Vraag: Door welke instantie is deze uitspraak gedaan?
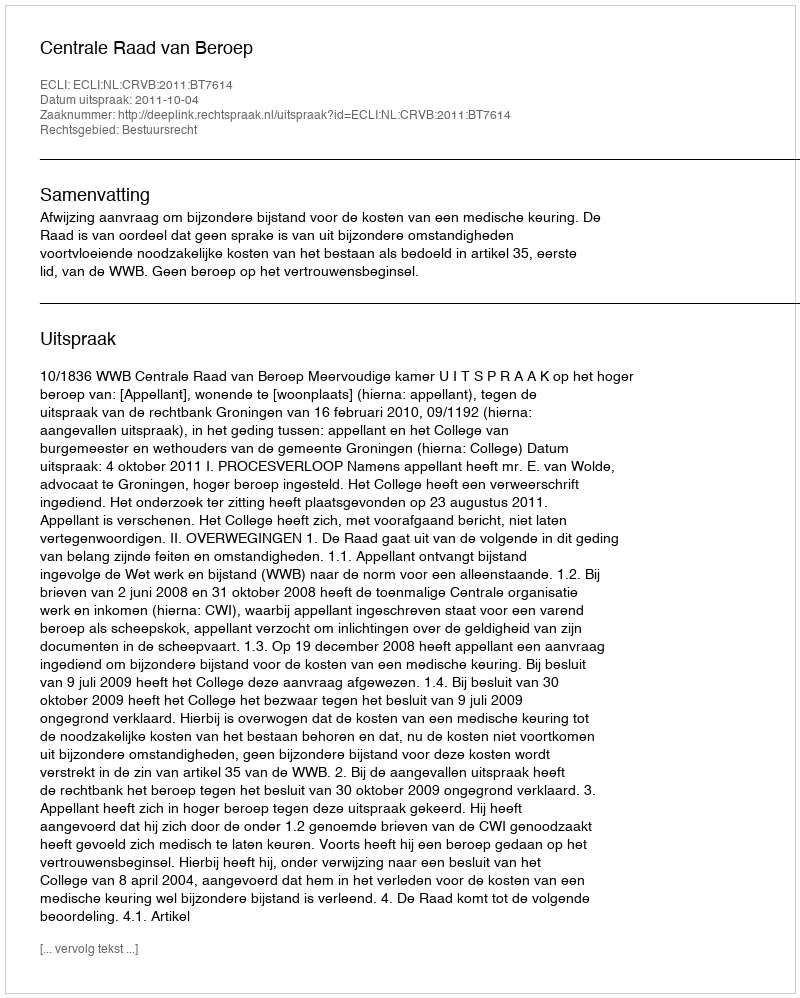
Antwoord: Centrale Raad van Beroep